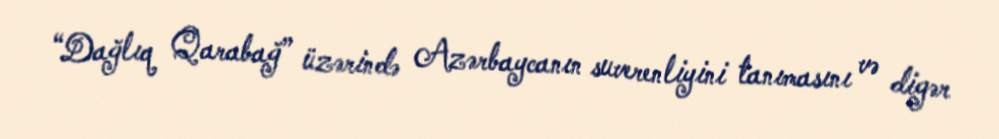
“Dağlıq Qarabağ” üzərində Azərbaycanın suverenliyini tanımasını və digər